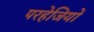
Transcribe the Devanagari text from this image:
परहेजियों